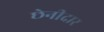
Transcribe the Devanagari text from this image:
छेनीदार